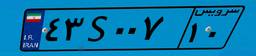
۴۳S۰۰۷۱۰